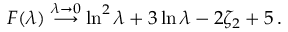
F ( \lambda ) \stackrel { \lambda \to 0 } { \longrightarrow } \ln ^ { 2 } \lambda + 3 \ln \lambda - 2 \zeta _ { 2 } + 5 \, .